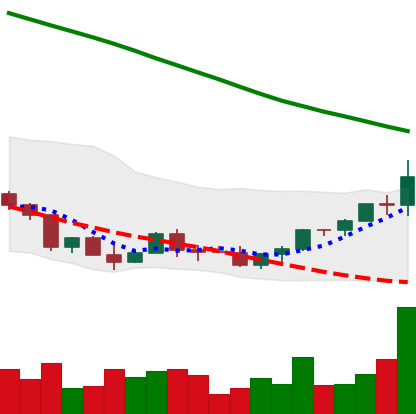
Ticker: EOS-USD
Chart end date: 2022-03-21
Forward return: 6.829%
Label: up_5_7